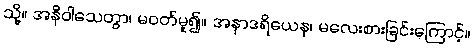
သို့။ အနိဝါသေတွာ၊ မဝတ်မူ၍။ အနာဒရိယေန၊ မလေးစားခြင်းကြောင့်။